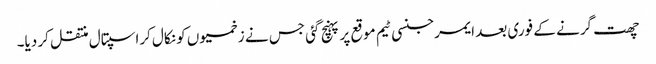
چھت گرنے کے فوری بعد ایمرجنسی ٹیم موقع پر پہنچ گئی جس نے زخمیوں کو نکال کراسپتال منتقل کر دیا۔